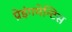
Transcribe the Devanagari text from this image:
प्रेइंगमेन्टिस